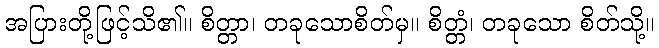
အပြားတို့ဖြင့်သိ၏။ စိတ္တာ၊ တခုသောစိတ်မှ။ စိတ္တံ၊ တခုသော စိတ်သို့။